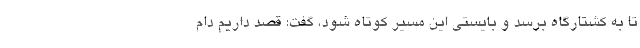
تا به کشتارگاه برسد و بایستی این مسیر کوتاه شود، گفت: قصد داریم دام